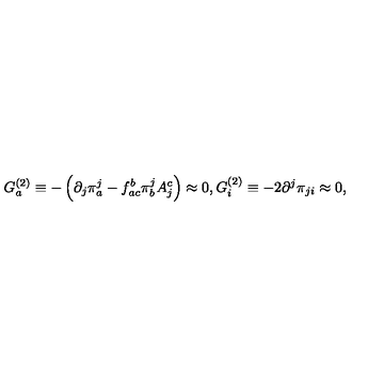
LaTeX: G _ { a } ^ { ( 2 ) } \equiv - \left( \partial _ { j } \pi _ { a } ^ { j } - f _ { a c } ^ { b } \pi _ { b } ^ { j } A _ { j } ^ { c } \right) \approx 0 , G _ { i } ^ { ( 2 ) } \equiv - 2 \partial ^ { j } \pi _ { j i } \approx 0 ,